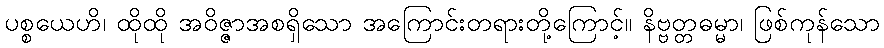
ပစ္စယေဟိ၊ ထိုထို အဝိဇ္ဇာအစရှိသော အကြောင်းတရားတို့ကြောင့်။ နိဗ္ဗတ္တဓမ္မာ၊ ဖြစ်ကုန်သော